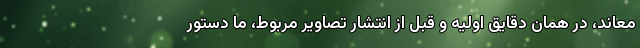
معاند، در همان دقایق اولیه و قبل از انتشار تصاویر مربوط، ما دستور